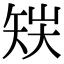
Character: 𥎽